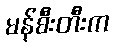
မန်စီးတီးက